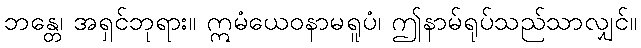
ဘန္တေ၊ အရှင်ဘုရား။ ဣမံယေဝနာမရူပံ၊ ဤနာမ်ရုပ်သည်သာလျှင်။